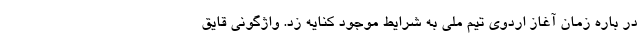
در باره زمان آغاز اردوی تیم ملی به شرایط موجود کنایه زد. واژگونی قایق